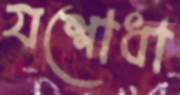
যশোধা